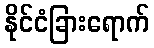
နိုင်ငံခြားရောက်